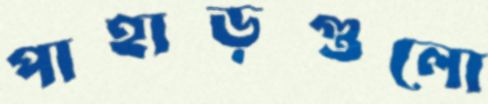
পাহাড়গুলো